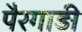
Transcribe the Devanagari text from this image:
पैरगाड़ी